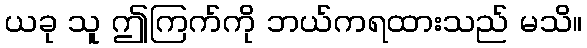
ယခု သူ ဤကြက်ကို ဘယ်ကရထားသည် မသိ။